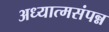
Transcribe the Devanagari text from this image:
अध्यात्मसंपन्न